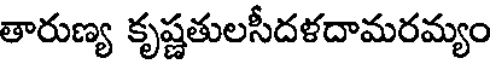
తారుణ్య కృష్ణతులసీదళదామరమ్యం